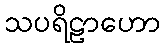
သပရိဠာဟော